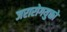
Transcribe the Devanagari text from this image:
जरारोगयुक्तो